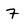
Character: 7